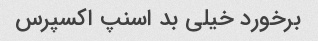
برخورد خیلی بد اسنپ اکسپرس